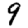
Digit: 9